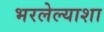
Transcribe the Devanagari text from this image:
भरलेल्याशा